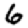
Digit: 6